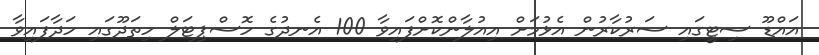
އައްޑޫ ސިޓީގައި ސަރުކާރުން އެޅުމަށް އިއުލާންކޮށްފައިވާ 100 އެނދުގެ ހޮސްޕިޓަލް ހިތަދޫގައި ހަދާފައިވާ